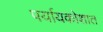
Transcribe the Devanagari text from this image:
पर्यायकोशात